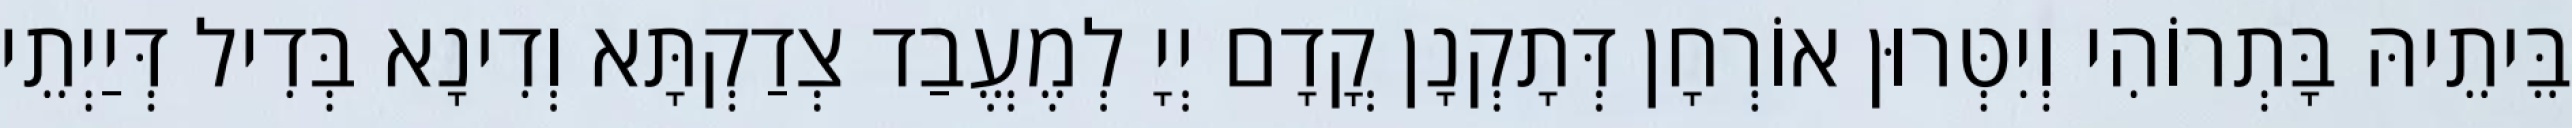
בֵּיתֵיהּ בָּתְרוֹהִי וְיִטְּרוּן אוֹרְחָן דְּתָקְנָן קֳדָם יְיָ לְמֶעֱבַד צְדַקְתָּא וְדִינָא בְּדִיל דְּיַיְתֵי